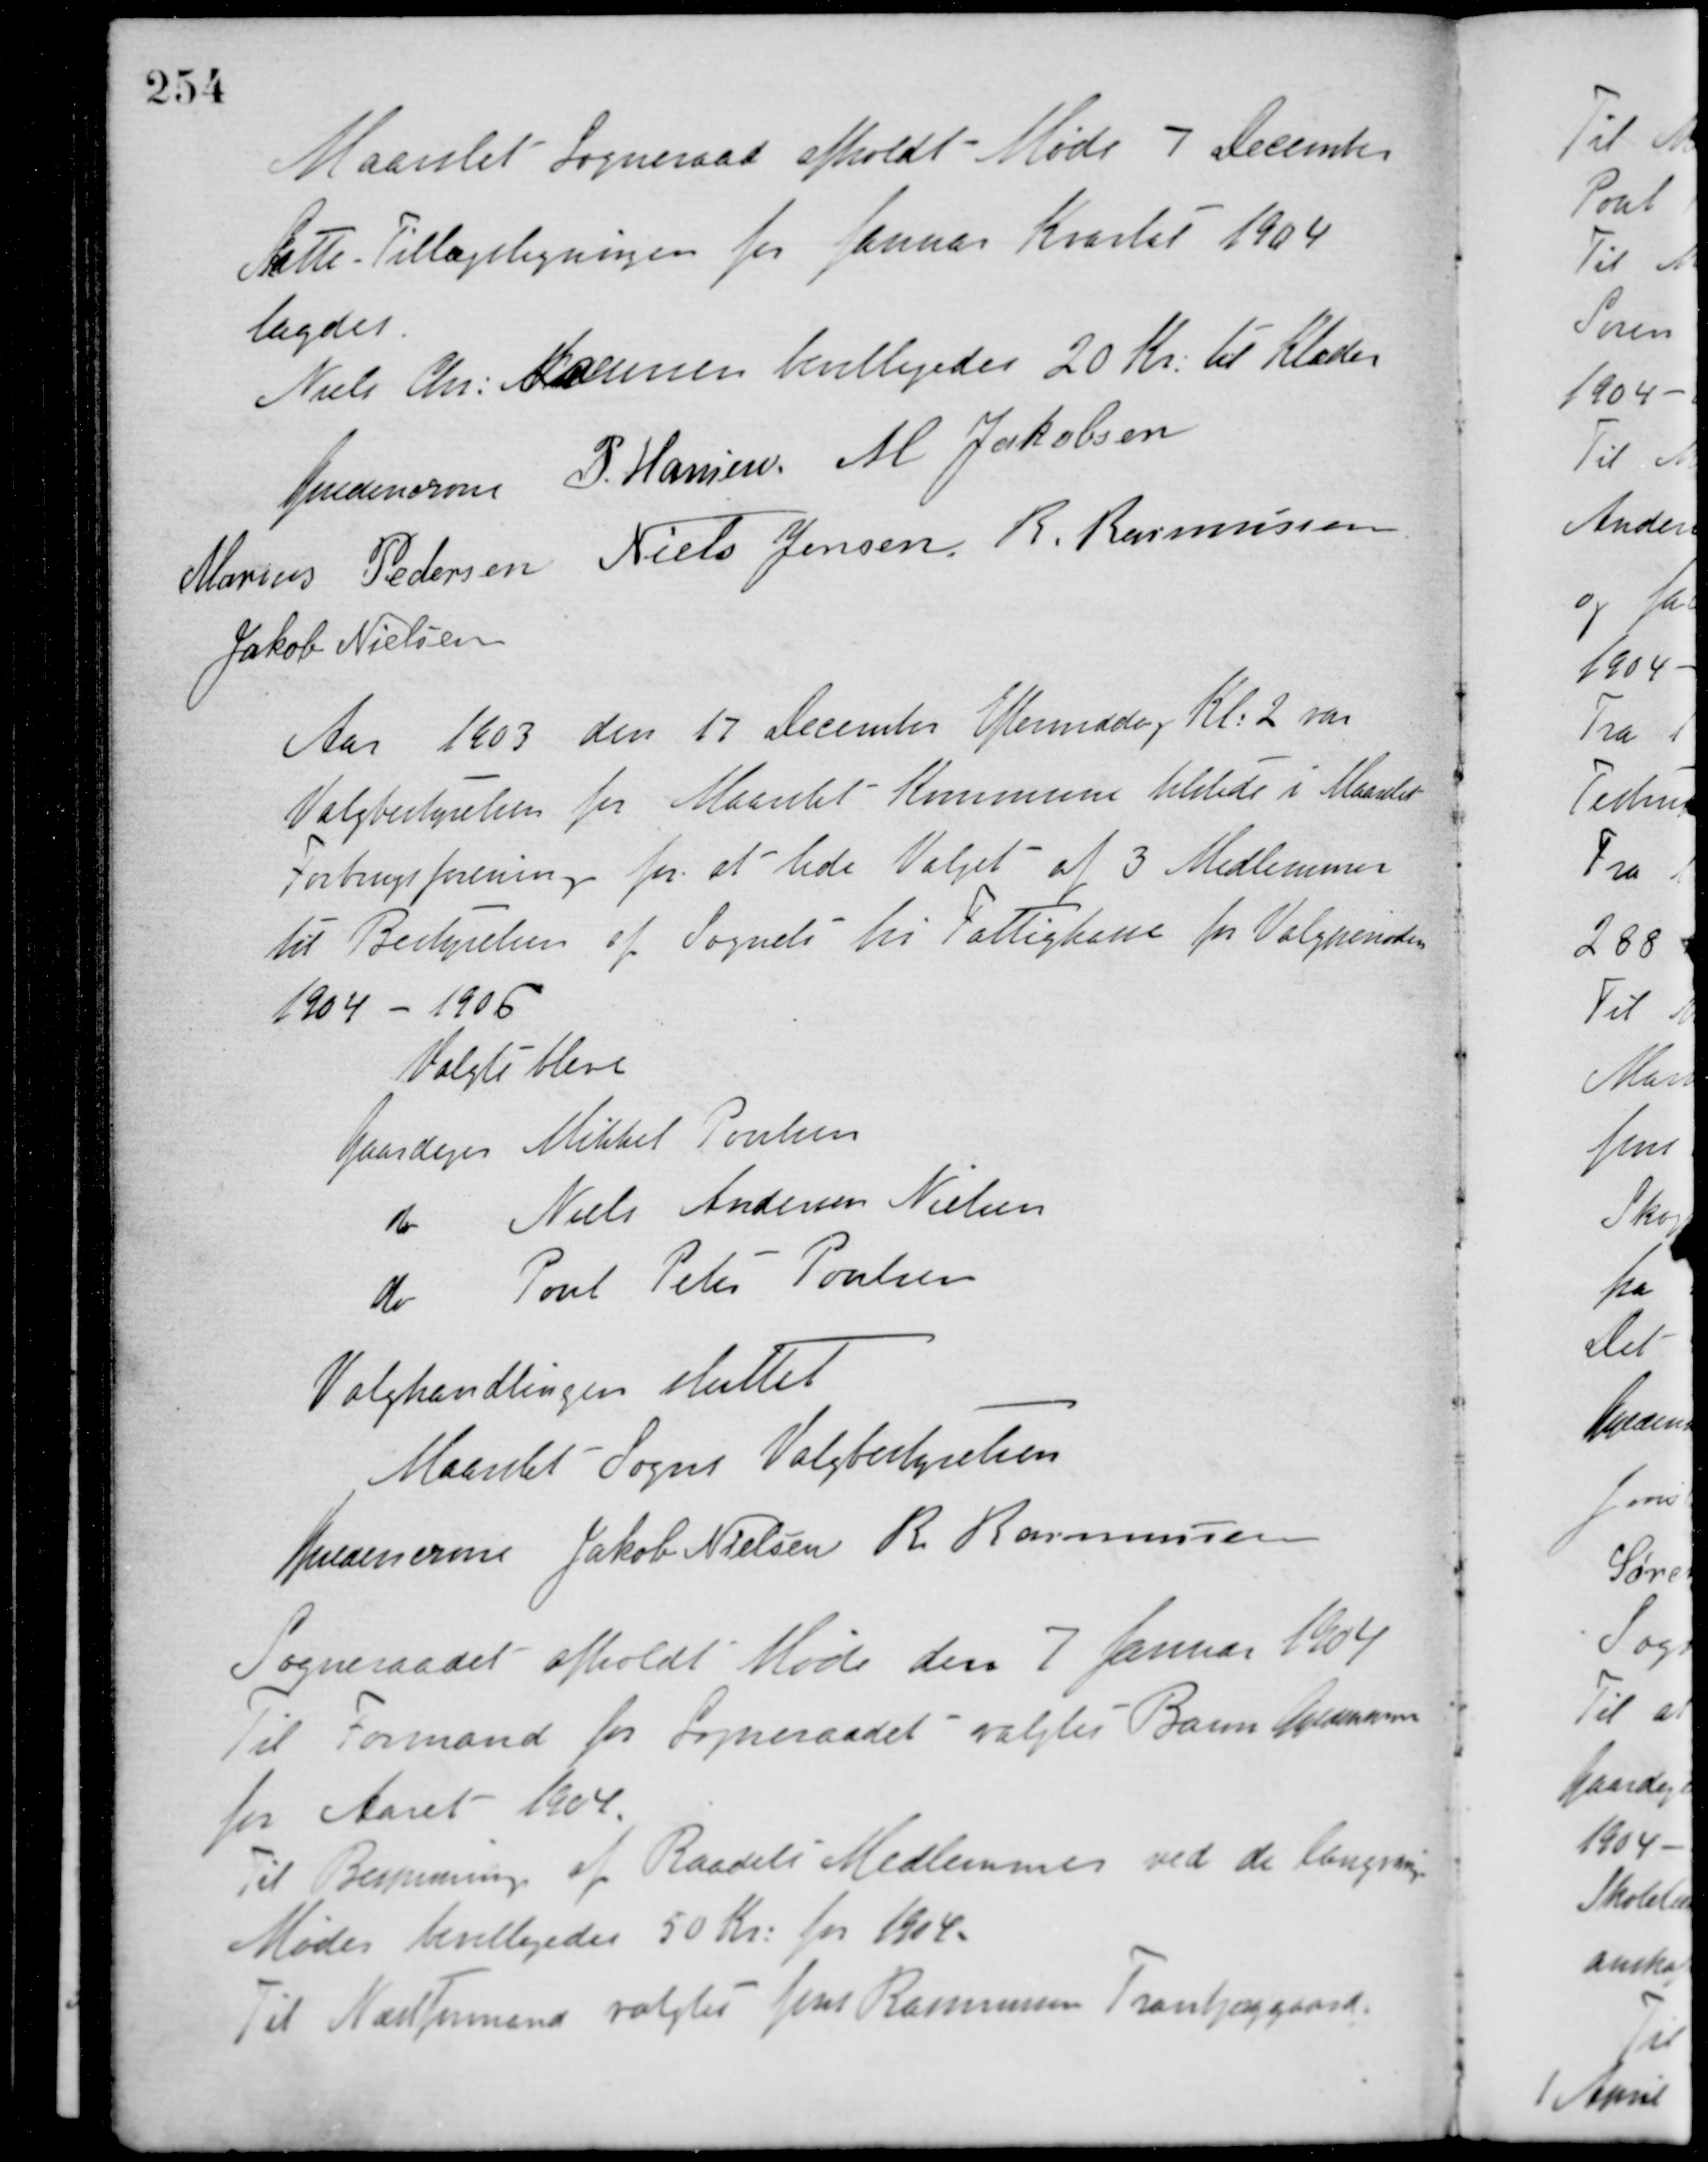
Transskription:
Maarslet Sogneraad afholdt Møde 7 December
Skatte Tillægsligningen for Januar Kvartal 1904
lagdes.
Niels Chr. Hansen bevilligedes 20 Kr. til Klæder.
Guldencrone P. Hansen M. Jakobsen
Marius Pedersen Niels Jensen R. Rasmussen
Jakob Nielsen
Aar 1903 den 17 December Eftermiddag Kl. 2 var
Valgbestyrelsen for Maarslet Kommune tilstede i Maarslet
Forbrugsforening for at lede Valget af 3 Medlemmer
til Bestyrelsen af Sognets fri Fattigkasse for Valgperioden
1904 - 1906.
Valgte bleve
Gaardejer Mikkel Poulsen
do Niels Andersen Nielsen
do Poul Peter Poulsen
Valghandlingen sluttet
Maarslet Sogns Valgbestyrelsen
Guldencrone Jakob Nielsen R. Rasmussen
Sogneraadet afholdt Møde den 7 Januar 1904
Til Formand for Sogneraadet valgtes Baron Guldencrone
for Aaret 1904.
Til Bespisning af Raadets Medlemmer ved de længerevxxx
Møder bevilligedes 50 Kr. for 1904.
Til Næstformand valgtes Jens Rasmussen Tranbjerggaard.